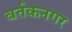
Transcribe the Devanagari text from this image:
वर्तकनगर